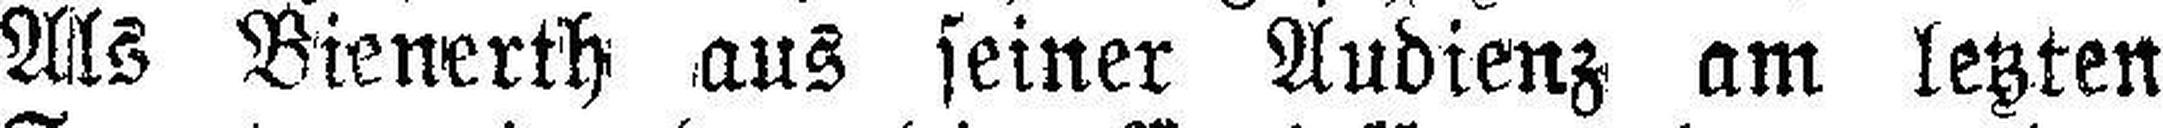
Als Bienerth aus seiner Audienz am letzten